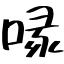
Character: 喙